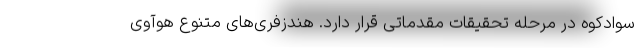
سوادکوه در مرحله تحقیقات مقدماتی قرار دارد. هندزفری‌های متنوع هوآوی